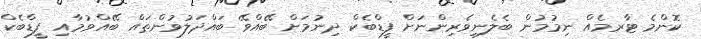
ކޮންމެ ޓާރމެއް ނިމުމުން ބެލެނިވެރިންނަށް ފީޑްބެކް ދިނުމަށް ބޭއްވޭ ބައްދަލުވުންތައް ބޭއްވުމާއި ފީޑްބެކް